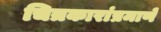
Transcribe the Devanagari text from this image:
चित्रकारांप्रमाणे